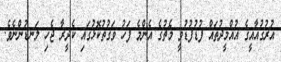
އުރުގުއާއީގެ އުއްމީދުތައް ފުޑުފުޑުވީ މެޗުގެ އެންމެ ފަހު ވަގުތުކޮޅުގައި ކެދީރާ ޖެހި ލަނޑުންނެވެ.